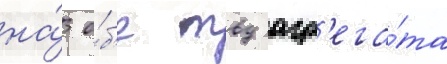
на́ о́б'е твд агр'ега́та